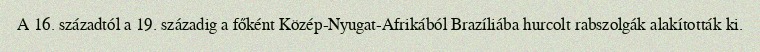
A 16. századtól a 19. századig a főként Közép-Nyugat-Afrikából Brazíliába hurcolt rabszolgák alakították ki.